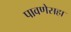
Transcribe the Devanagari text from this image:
पावणेसहा